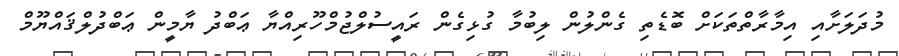
މުދަލަށާއި އިމާރާތްތަކަށް ބޮޑެތި ގެންލުން ލިބުމާ ގުޅިގެން ރައީސުލްޖުމްހޫރިއްޔާ ޢަބްދު ޔާމީން ޢަބްދުލްޤައްޔޫމް